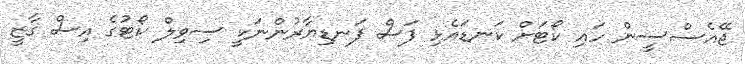
ޖޭއެސްސީން ހައި ކޯޓަށް ކަނޑައެޅި ފަސް ފަނޑިޔާރުންނަކީ ސިވިލް ކޯޓުގެ އިސް ގާޒީ